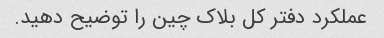
عملکرد دفتر کل بلاک چین را توضیح دهید.